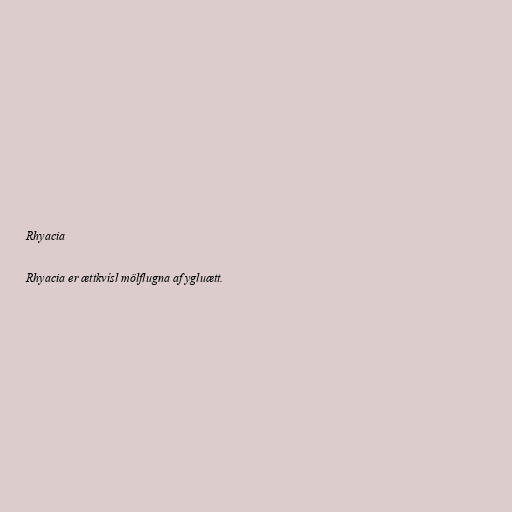
Rhyacia

Rhyacia er ættkvísl mölflugna af ygluætt.